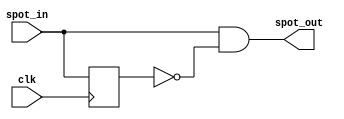
module spot (
input wire clk,
input wire spot_in,
output wire spot_out
);

reg delayed_spot_in;
always @(posedge clk) begin
    delayed_spot_in <= spot_in;
end

assign spot_out = spot_in & (~delayed_spot_in);
endmodule